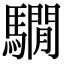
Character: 𩦂